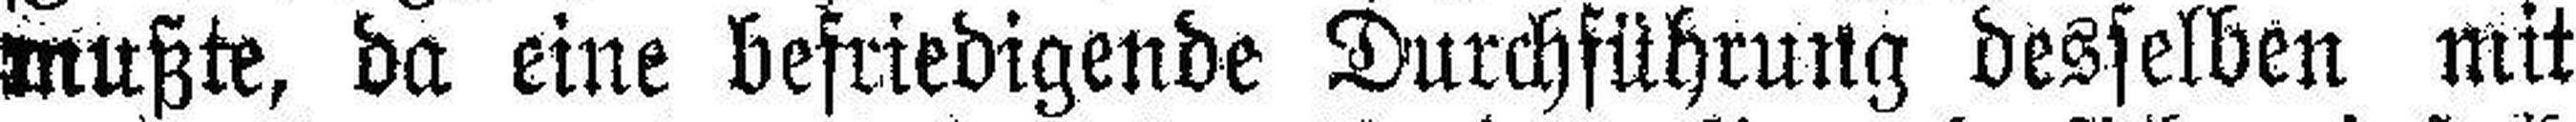
mußte, da eine befriedigende Durchführung desselben mit